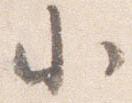
小